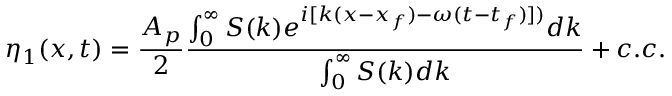
\eta _ { 1 } ( x , t ) = \frac { A _ { p } } { 2 } \frac { \int _ { 0 } ^ { \infty } S ( k ) e ^ { i [ k ( x - x _ { f } ) - \omega ( t - t _ { f } ) ] ) } d k } { \int _ { 0 } ^ { \infty } S ( k ) d k } + c . c .